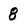
Character: 8